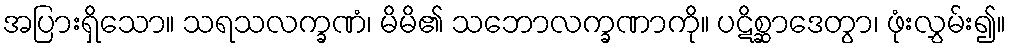
အပြားရှိသော။ သရသလက္ခဏံ၊ မိမိ၏ သဘောလက္ခဏာကို။ ပဋိစ္ဆာဒေတွာ၊ ဖုံးလွှမ်း၍။